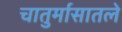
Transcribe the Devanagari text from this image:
चातुर्मासातले